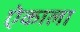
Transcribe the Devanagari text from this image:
ऐकाला